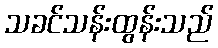
သခင်သန်းထွန်းသည်